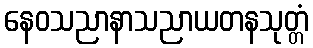
နေဝသညာနာသညာယတနသုတ္တံ